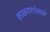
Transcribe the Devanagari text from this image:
काळगणनेमध्ये